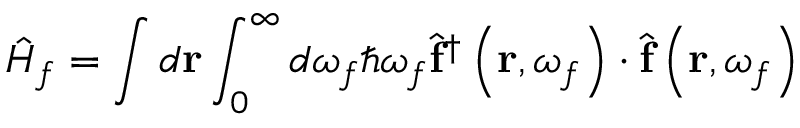
\hat { H } _ { f } = \int d \mathbf { r } \int _ { 0 } ^ { \infty } d \omega _ { f } \hbar \omega _ { f } \hat { \mathbf { f } } ^ { \dagger } \left( \mathbf { r } , \omega _ { f } \right) \cdot \hat { \mathbf { f } } \left( \mathbf { r } , \omega _ { f } \right)